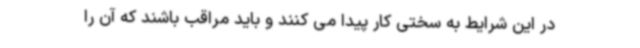
در این شرایط به سختی کار پیدا می کنند و باید مراقب باشند که آن را